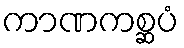
ကာဏကစ္ဆပံ